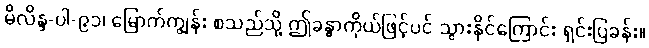
မိလိန္ဒ-ပါ-၉၁၊ မြောက်ကျွန်း စသည်သို့ ဤခန္ဓာကိုယ်ဖြင့်ပင် သွားနိုင်ကြောင်း ရှင်းပြခန်း။